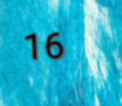
16